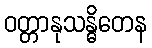
ဝတ္တာနုသန္ဓိတေန